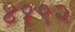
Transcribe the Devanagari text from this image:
४१९२